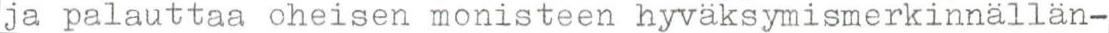
ja palauttaa oheisen monisteen hyväksymismerkinnällän-